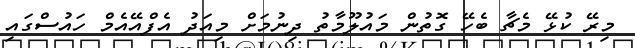
މިރޭ ކުޅޭ މެޗާ ބެހޭ ގޮތުން މައުލޫމާތު ދިނުމަށް މިއަދު އެފްއޭއެމް ހައުސްގައި